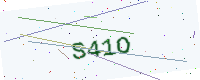
Text: S41O